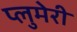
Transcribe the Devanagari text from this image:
प्लुमेरी